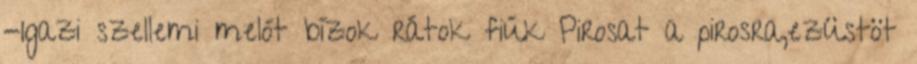
-Igazi szellemi melót bízok rátok fiúk Pirosat a pirosra,ezüstöt